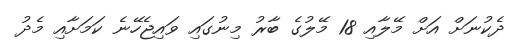
ދެކުނަށް އަށް މޭލާއި 18 މޭލުގެ ބާރު މިނުގައި ވައިޖެހޭނެ ކަމަށާއި މެދު